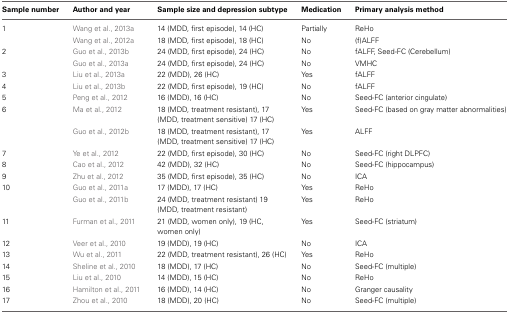
<table><thead><tr><td><b>Sample number</b></td><td><b>Author and year</b></td><td><b>Sample size and depression subtype</b></td><td><b>Medication</b></td><td><b>Primary analysis method</b></td></tr></thead><tbody><tr><td>1</td><td>Wang et al., 2013a</td><td>14 (MDD, first episode), 14 (HC)</td><td>Partially</td><td>ReHo</td></tr><tr><td></td><td>Wang et al., 2012a</td><td>18 (MDD, first episode), 18 (HC)</td><td>No</td><td>(f)ALFF</td></tr><tr><td>2</td><td>Guo et al., 2013b</td><td>24 (MDD, first episode), 24 (HC)</td><td>No</td><td>fALFF, Seed-FC (Cerebellum)</td></tr><tr><td></td><td>Guo et al., 2013a</td><td>24 (MDD, first episode), 24 (HC)</td><td>No</td><td>VMHC</td></tr><tr><td>3</td><td>Liu et al., 2013a</td><td>22 (MDD), 26 (HC)</td><td>Yes</td><td>fALFF</td></tr><tr><td>4</td><td>Liu et al., 2013b</td><td>22 (MDD, first episode), 19 (HC)</td><td>No</td><td>fALFF</td></tr><tr><td>5</td><td>Peng et al., 2012</td><td>16 (MDD), 16 (HC)</td><td>No</td><td>Seed-FC (anterior cingulate)</td></tr><tr><td>6</td><td>Ma et al., 2012</td><td>18 (MDD, treatment resistant), 17 (MDD, treatment sensitive) 17 (HC)</td><td>Yes</td><td>Seed-FC (based on gray matter abnormalities)</td></tr><tr><td></td><td>Guo et al., 2012b</td><td>18 (MDD, treatment resistant), 17 (MDD, treatment sensitive) 17 (HC)</td><td>Yes</td><td>ALFF</td></tr><tr><td>7</td><td>Ye et al., 2012</td><td>22 (MDD, first episode), 30 (HC)</td><td>No</td><td>Seed-FC (right DLPFC)</td></tr><tr><td>8</td><td>Cao et al., 2012</td><td>42 (MDD), 32 (HC)</td><td>No</td><td>Seed-FC (hippocampus)</td></tr><tr><td>9</td><td>Zhu et al., 2012</td><td>35 (MDD, first episode), 35 (HC)</td><td>No</td><td>ICA</td></tr><tr><td>10</td><td>Guo et al., 2011a</td><td>17 (MDD), 17 (HC)</td><td>Yes</td><td>ReHo</td></tr><tr><td></td><td>Guo et al., 2011b</td><td>24 (MDD, treatment resistant) 19 (MDD, treatment resistant)</td><td>Yes</td><td>ReHo</td></tr><tr><td>11</td><td>Furman et al., 2011</td><td>21 (MDD, women only), 19 (HC, women only)</td><td>Yes</td><td>Seed-FC (striatum)</td></tr><tr><td>12</td><td>Veer et al., 2010</td><td>19 (MDD), 19 (HC)</td><td>No</td><td>ICA</td></tr><tr><td>13</td><td>Wu et al., 2011</td><td>22 (MDD, treatment resistant), 26 (HC)</td><td>Yes</td><td>ReHo</td></tr><tr><td>14</td><td>Sheline et al., 2010</td><td>18 (MDD), 17 (HC)</td><td>No</td><td>Seed-FC (multiple)</td></tr><tr><td>15</td><td>Liu et al., 2010</td><td>14 (MDD), 15 (HC)</td><td>No</td><td>ReHo</td></tr><tr><td>16</td><td>Hamilton et al., 2011</td><td>16 (MDD), 14 (HC)</td><td>No</td><td>Granger causality</td></tr><tr><td>17</td><td>Zhou et al., 2010</td><td>18 (MDD), 20 (HC)</td><td>No</td><td>Seed-FC (multiple)</td></tr></tbody></table>